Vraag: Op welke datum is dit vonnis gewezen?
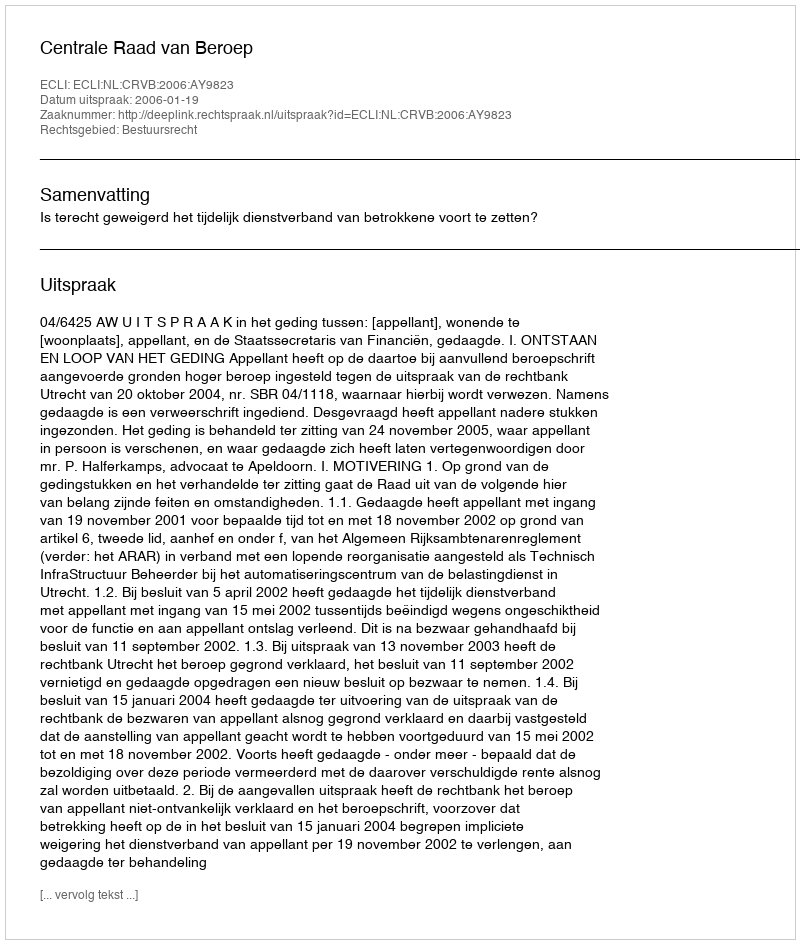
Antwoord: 2006-01-19